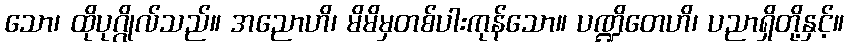
သော၊ ထိုပုဂ္ဂိုလ်သည်။ အညောဟိ၊ မိမိမှတစ်ပါးကုန်သော။ ပဏ္ဍိတေဟိ၊ ပညာရှိတို့နှင့်။